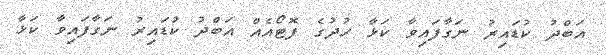
އަބްދު ކުޑައިރު ނަގާފައިވާ ކަޅާ ހުދުގެ ފޮޓޯއެއް އަބްދު ކުޑައިރު ނަގާފައިވާ ކަޅާ